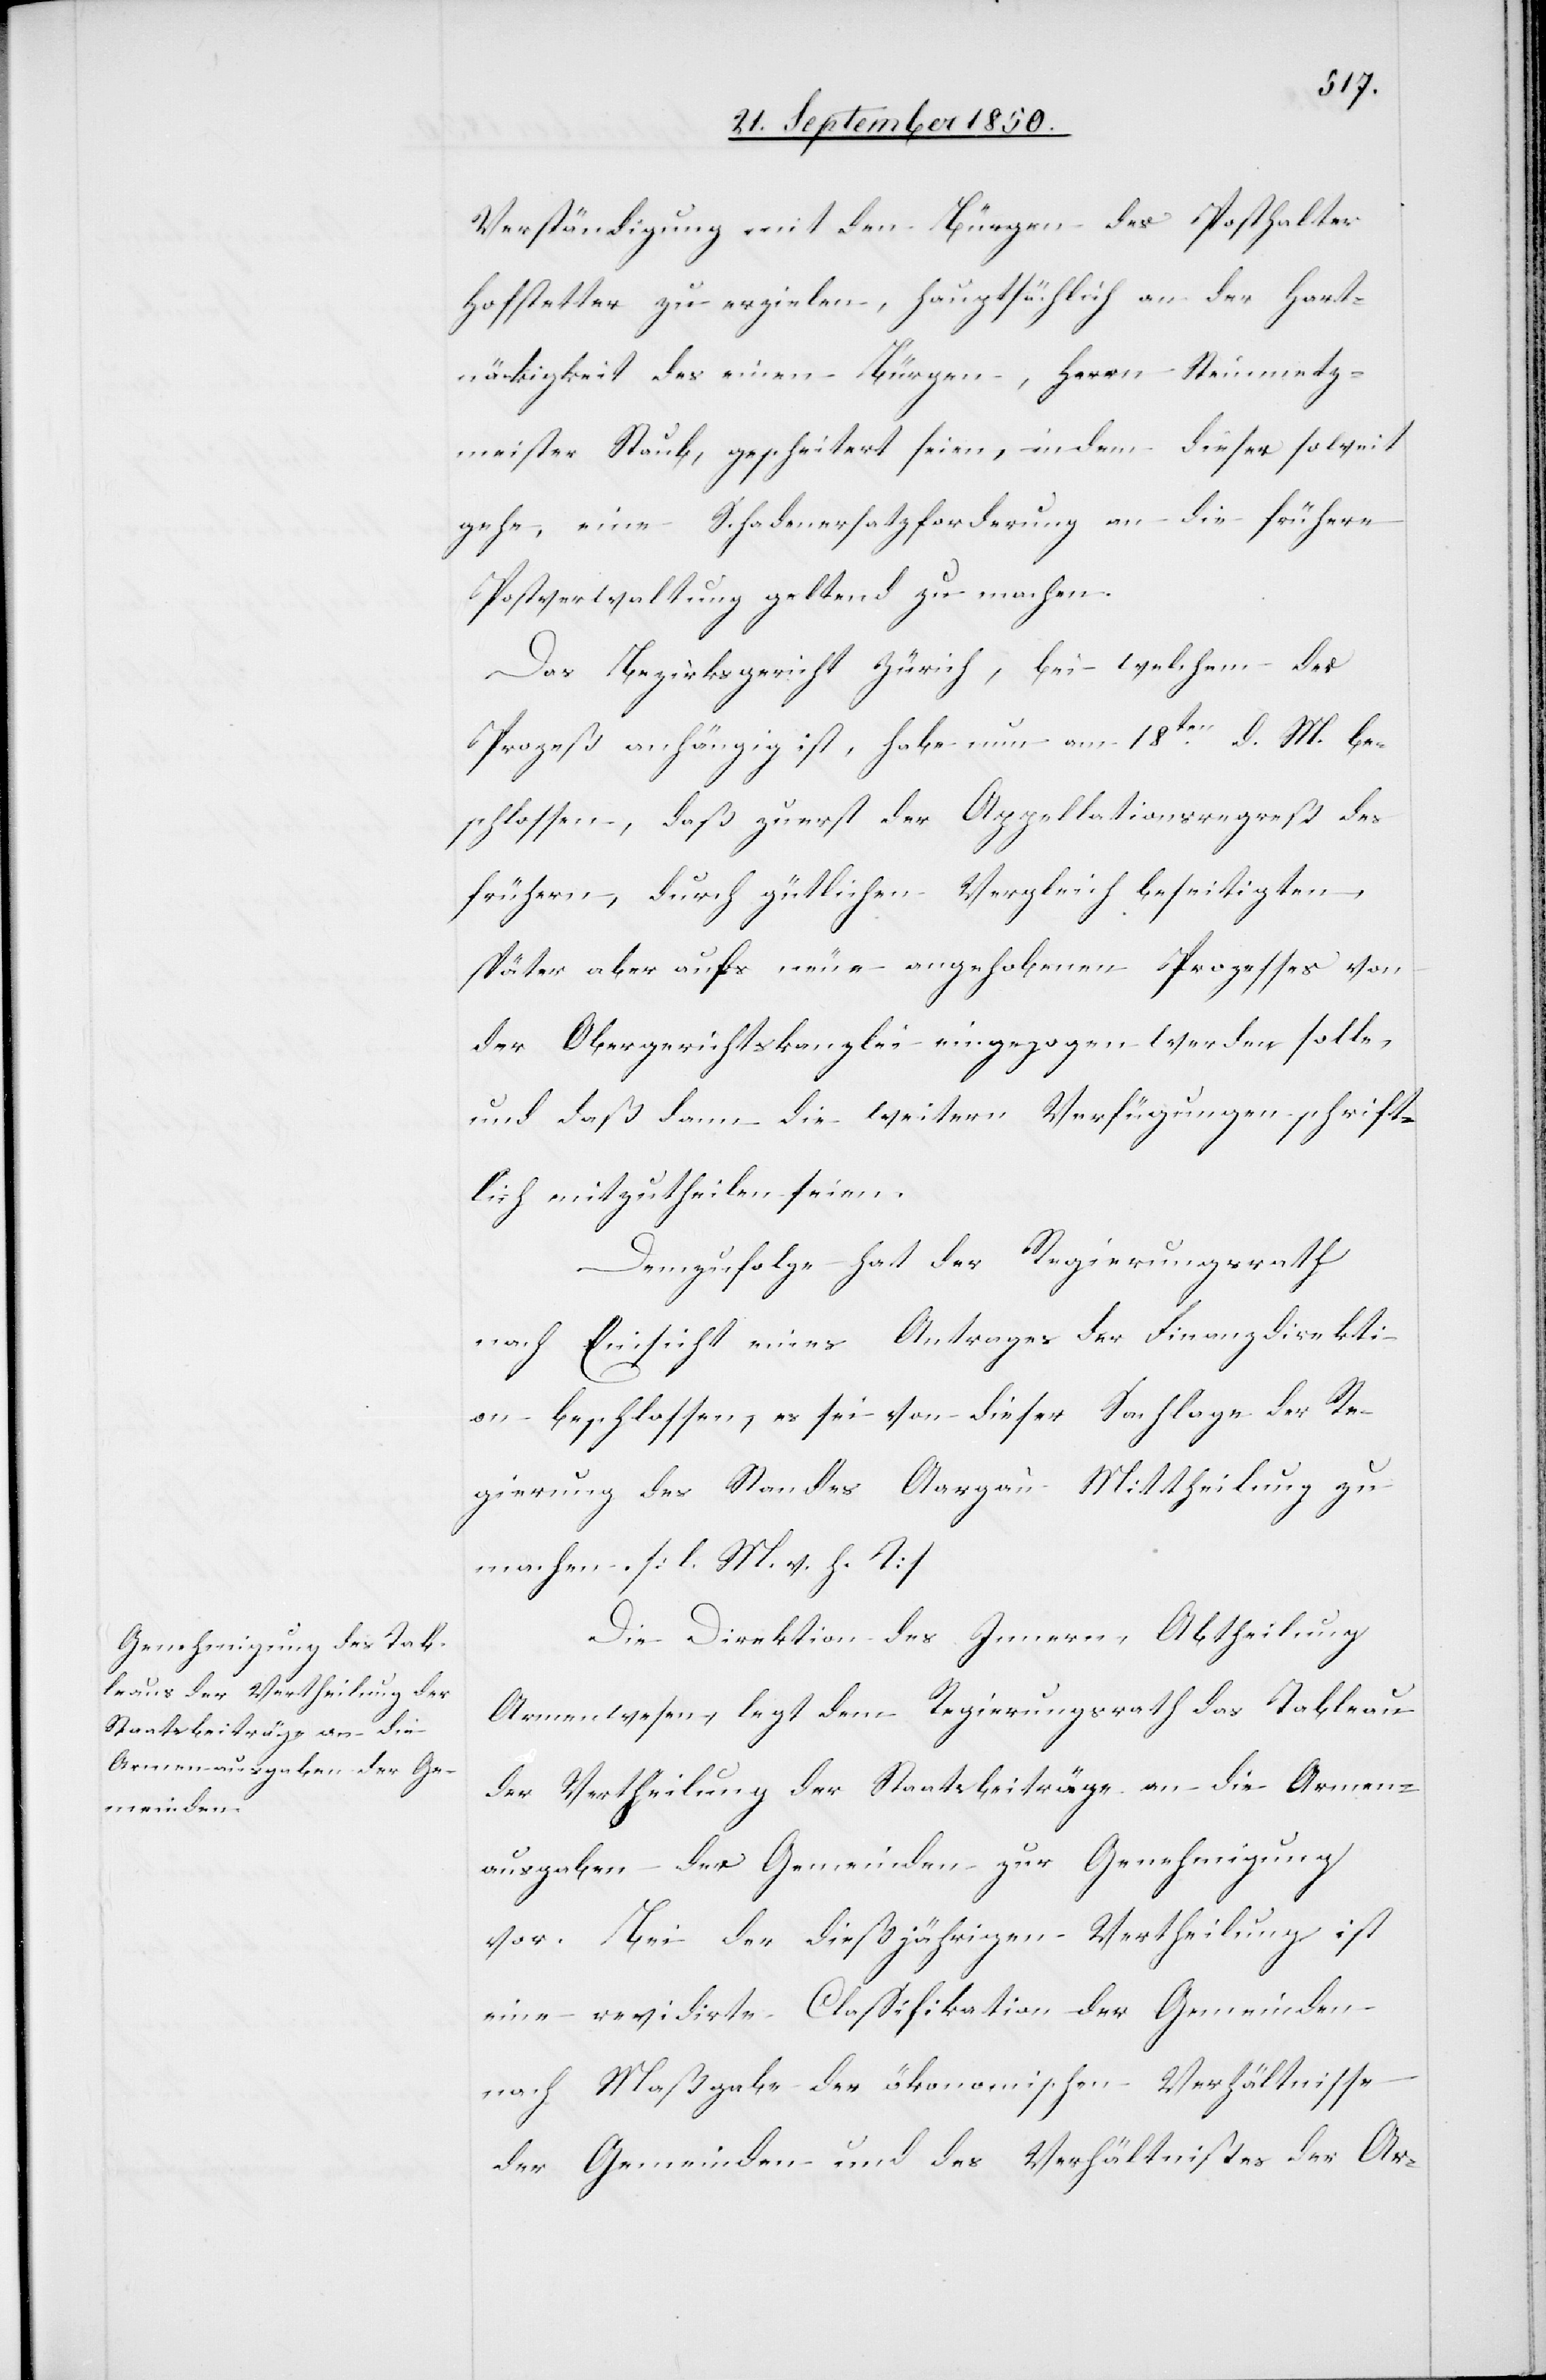
Verständigung mit den Bürgen des Posthalter
Hofstetter zu erzielen, hauptsächlich an der Hart¬
näckigkeit des einen Bürgen, Herrn Steinmetz¬
meister Staub, gescheitert seien, indem dieser soweit
gehe, eine Schadenersatzforderung an die frühere
Postverwaltung geltend zu machen.
Das Bezirksgericht Zürich, bei welchem der
Prozeß anhängig ist, habe nun am 18ten d. M. be¬
schlossen, daß zuerst der Appellationsregreß des
frühern, durch gütlichen Vergleich beseitigten,
später aber aufs neue angehobenen Prozesses von
der Obergerichtskanzlei eingezogen werden solle,
und daß dann die weitern Verfügungen schrift¬
lich mitzutheilen seien.
Demzufolge hat der Regierungsrath
nach Einsicht eines Antrages der Finanzdirekti¬
on beschlossen, es sei von dieser Sachlage der Re¬
gierung des Standes Aargau Mittheilung zu
machen. [l. M. v. h. T]
Die Direktion des Innern, Abtheilung
Armenwesen, legt dem Regierungsrath das Tableau
der Vertheilung der Staatsbeiträge an die Armen¬
ausgaben der Gemeinden zur Genehmigung
vor. Bei der dießjährigen Vertheilung ist
eine revidirte Classifikation der Gemeinden
nach Maßgabe der ökonomischen Verhältnisse
der Gemeinden und des Verhältnißes der Ar-